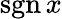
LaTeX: \operatorname{sgn}x